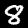
Digit: 8